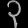
Digit: ၃